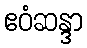
ဧဝံဆန္ဒာ